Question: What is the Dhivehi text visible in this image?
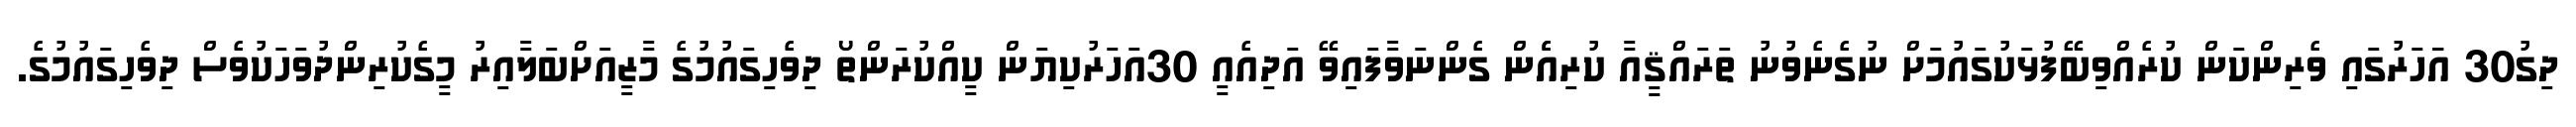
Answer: ދިގު30 އަަހަރުގައި ވެރިންކަން ކުރެއްވިބޭފުޅަކުގައުމަށް ނުގެނެވުނު ތަރައްޤީއާ ކުރިއެެން ގެންނަވާފައިވޭ އަދިއެއީ 30އަހަރުކިޔަން ކީއްކުރަންތޯ ދިވެހިގައުމުގެ މާޒީއަށްބަލާއިރު މީގެކުރިންދުވަހަކުވެސް ދިވެހިގައުމުގެ.